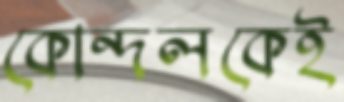
কোন্দলকেই